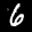
Label: 6